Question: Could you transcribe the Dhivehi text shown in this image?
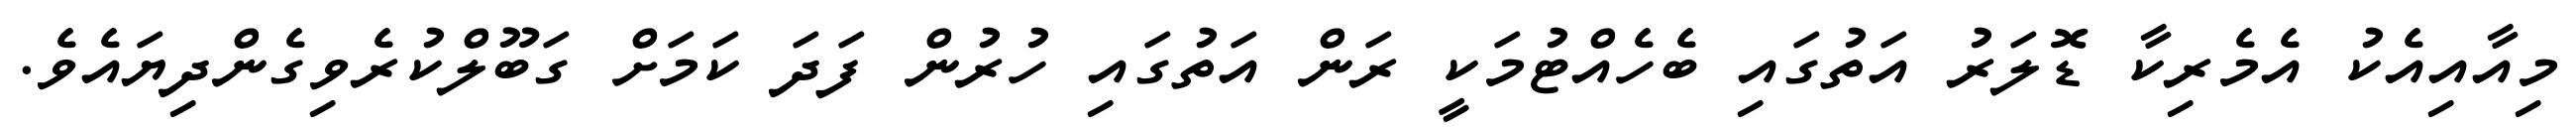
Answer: މިއާއިއެކު އެމެރިކާ ޑޮލަރު އަތުގައި ބެހެއްޓުމަކީ ރަން އަތުގައި ހުރުން ފަދަ ކަމަށް ގަބޫލްކުރެވިގެންދިޔައެވެ.